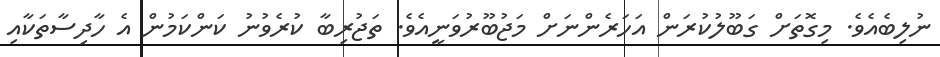
ނުލިބެއެވެ. މިގޮތަށް ގަބޫލުކުރަން އަހަރެންނަށް މަޖުބޫރުވަނީއެވެ. ތަޖުރިބާ ކުރެވުނު ކަންކަމުން އެ ހާދިސާތަކާއި